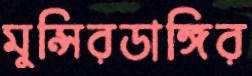
মুন্সিরডাঙ্গির